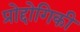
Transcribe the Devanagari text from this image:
प्रोद्दोगिकी